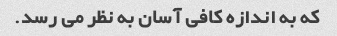
که به اندازه کافی آسان به نظر می رسد.